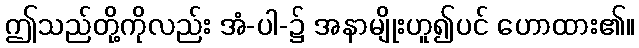
ဤသည်တို့ကိုလည်း အံ-ပါ-၌ အနာမျိုးဟူ၍ပင် ဟောထား၏။